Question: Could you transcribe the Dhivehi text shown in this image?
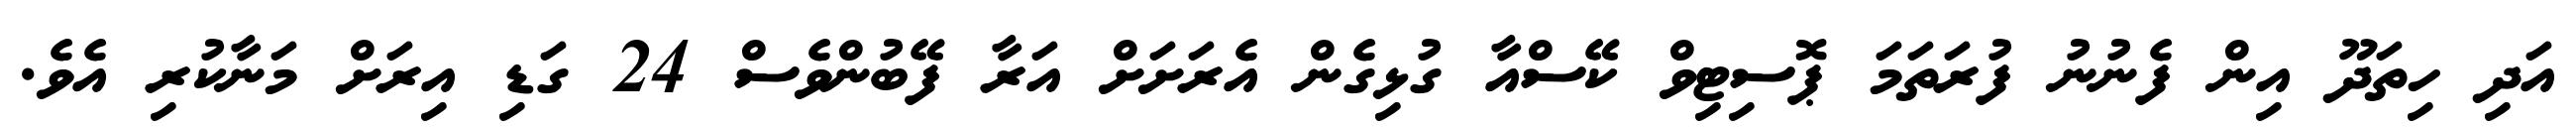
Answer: އަދި ހިތަދޫ އިން ފެނުނު ފުރަތަމަ ޕޮސިޓިވް ކޭސްއާ ގުޅިގެން އެރަށަށް އަރާ ފޭބުންވެސް 24 ގަޑި އިރަށް މަނާކުރި އެވެ.